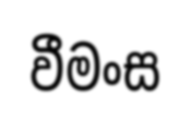
වීමංස